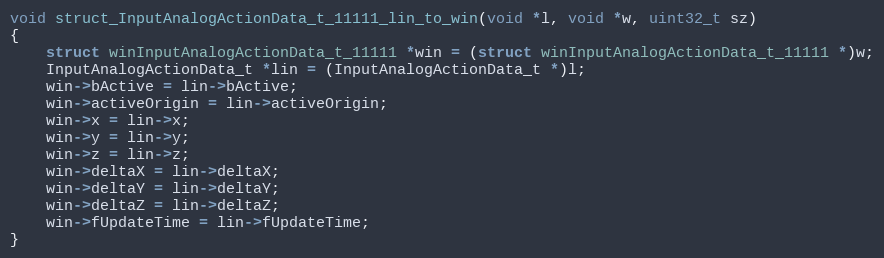
Language: C++
void struct_InputAnalogActionData_t_11111_lin_to_win(void *l, void *w, uint32_t sz)
{
    struct winInputAnalogActionData_t_11111 *win = (struct winInputAnalogActionData_t_11111 *)w;
    InputAnalogActionData_t *lin = (InputAnalogActionData_t *)l;
    win->bActive = lin->bActive;
    win->activeOrigin = lin->activeOrigin;
    win->x = lin->x;
    win->y = lin->y;
    win->z = lin->z;
    win->deltaX = lin->deltaX;
    win->deltaY = lin->deltaY;
    win->deltaZ = lin->deltaZ;
    win->fUpdateTime = lin->fUpdateTime;
}